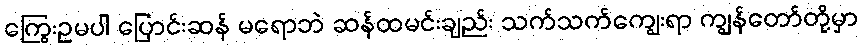
ကြွေးဥမပါ ပြောင်းဆန် မရောဘဲ ဆန်ထမင်းချည်း သက်သက်ကျွေးရာ ကျွန်တော်တို့မှာ